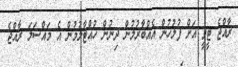
ރާއްޖެ ޓީވީ އަށް ފުލުހުން އެއްބާރުލުން ދިނުން ހުއްޓާލުމުން އެ މައްސަލަ ރާއްޖެ